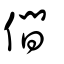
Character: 僴